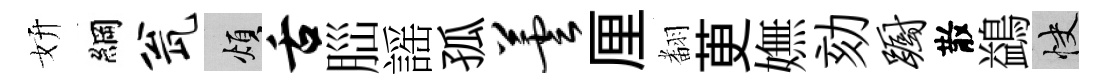
妍綱瓮煩舌𦛁謡孤芸厘𮋒茰嫵劾蹰散鷁快